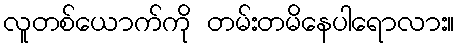
လူတစ်ယောက်ကို တမ်းတမိနေပါရောလား။